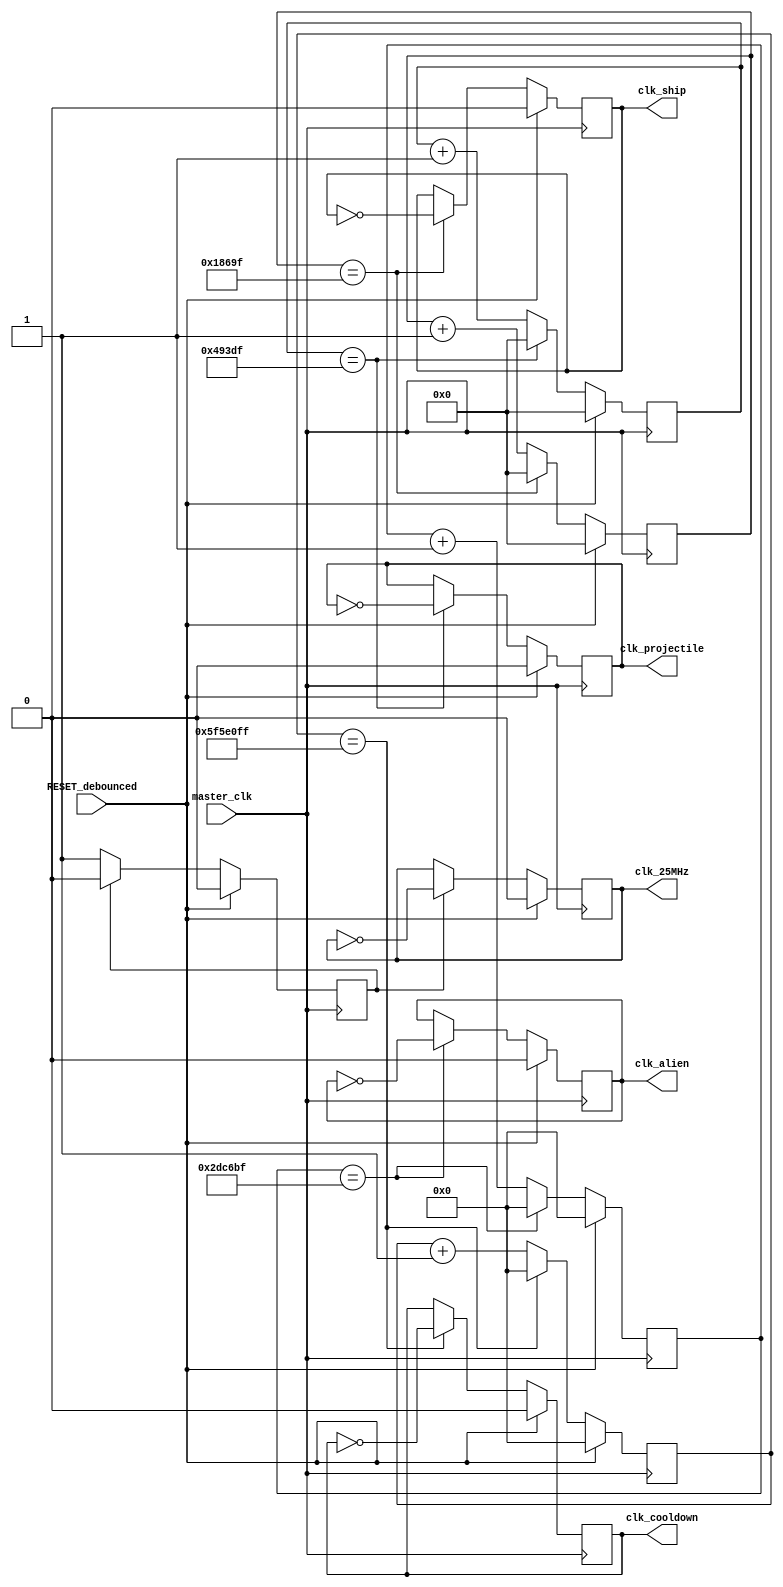
`timescale 1ns / 1ps
//////////////////////////////////////////////////////////////////////////////////
// Company: 
// Engineer: 
// 
// Design Name: 
// Module Name:    clock 
// Project Name: 
// Target Devices: 
// Tool versions: 
// Description: 
//
// Dependencies: 
//
// Revision: 
// Revision 0.01 - File Created
// Additional Comments: 
//
//////////////////////////////////////////////////////////////////////////////////
module clock(
    input master_clk, // 100MHz
	 input RESET_debounced,
    output reg clk_ship, // 500Hz
	 output reg clk_projectile, // 100Hz
    output reg clk_alien, // 80Hz
    output reg clk_cooldown, // 0.5Hz
	 output reg clk_25MHz
    );
	 
	 reg [19:0] counter_ship;
	 reg [19:0] counter_proj;
	 reg [26:0] counter_alien;
	 reg [26:0] counter_cooldown;
	 reg counter_25;
	 
	 always @ (posedge master_clk) begin
		if (RESET_debounced) begin
			clk_ship <= 0;
			clk_projectile <= 0;
			clk_alien <= 0;
			clk_cooldown <= 0; 
			clk_25MHz <= 0;
			counter_ship <= 20'b0;
			counter_proj <= 20'b0;
			counter_alien <= 27'b0;
			counter_cooldown <= 27'b0;
			counter_25 <= 0;
		end
		else begin
			if (counter_ship == 20'd99_999) begin
//			if (counter_ship == 20'd9) begin
				counter_ship <= 20'd0;
				clk_ship <= !clk_ship;
			end else begin
				counter_ship <= counter_ship + 20'd1;
			end
			
			if (counter_proj == 20'd299_999) begin
//			if (counter_proj == 20'd49) begin
				counter_proj <= 20'd0;
				clk_projectile <= !clk_projectile;
			end else begin
				counter_proj <= counter_proj + 20'd1;
			end
				
			if (counter_alien == 27'd2_999_999) begin
//			if (counter_alien == 20'd62) begin
				counter_alien <= 27'd0;
				clk_alien <= !clk_alien;
			end else begin
				counter_alien <= counter_alien + 27'd1;
			end
				
			if (counter_cooldown == 27'd99_999_999) begin
//			if (counter_cooldown == 27'd9999) begin
				counter_cooldown <= 27'd0;
				clk_cooldown <= !clk_cooldown;
			end else begin
				counter_cooldown <= counter_cooldown + 27'd1;
			end
			
			if (counter_25 == 1) begin
				counter_25 <= 0;
				clk_25MHz <= !clk_25MHz;
			end else begin
				counter_25 <= 1;
			end
		end
	end



endmodule